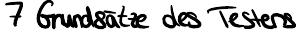
7 Grundsätze des Testens